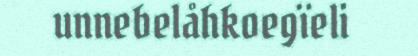
unnebelåhkoegïeli